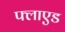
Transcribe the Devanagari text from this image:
फ्लाएड